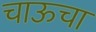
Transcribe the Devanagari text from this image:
चाऊचा